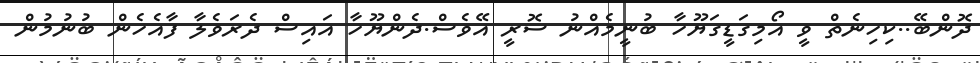
ދޮންބޭ..ކިހިނެތް ވީ އޯމިގަޑީގަޔޫހާ ބުނީމެއްނު ސޮރީ އޭވެސް.ދެންޔޫހާ އައިސް ދެރަވެލާ ފާއެހެން ބުނުމުން